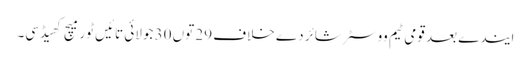
ایندے بعد قومی ٹیم ووسٹر شائر دے خلاف 29 توں 30 جولائی تائیں ٹور میچ کھیڈسی۔